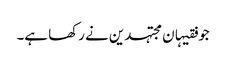
جو فقیہان مجتہدین نے رکھا ہے۔